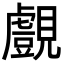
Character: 覻